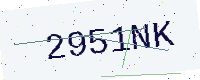
Text: 2951NK